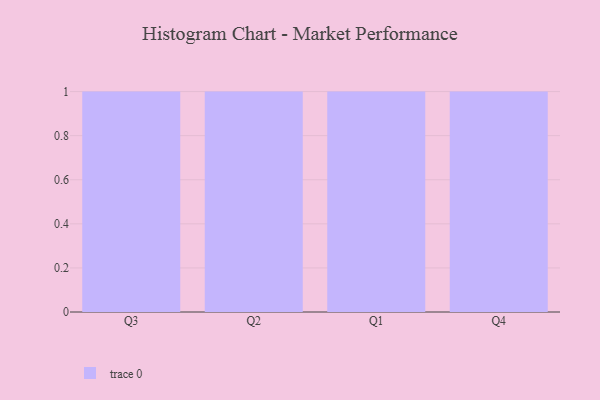
{"axis": {"x": "Quarter", "y": "Website Visitors"}, "legend": [""], "data": [{"x": "Q3", "y": 6, "type": ""}, {"x": "Q2", "y": 99, "type": ""}, {"x": "Q1", "y": 62, "type": ""}, {"x": "Q4", "y": 56, "type": ""}]}